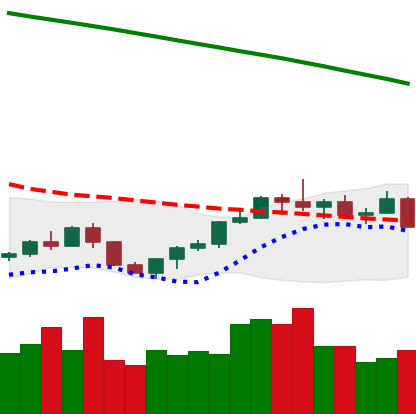
Ticker: LTC-USD
Chart end date: 2022-07-25
Forward return: 11.172%
Label: up_7plus